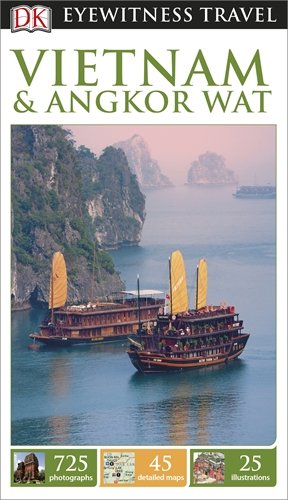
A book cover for DK Eyewitness Travel Guide: Vietnam and Angkor Wat; Collectif; Travel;